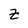
Character: Z